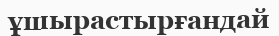
ұшырастырғандай